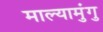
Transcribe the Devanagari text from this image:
माल्यामुंगु